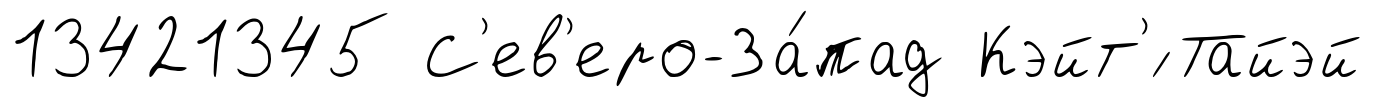
13421345 С'ев'еро-За́пад Кэйт'́ Тайэй